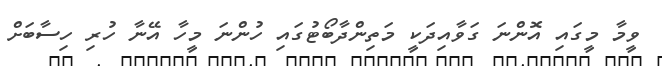
ވީމާ މީގައި އޮންނަ ގަވާއިދަކީ މަތިންދާބޯޓުގައި ހުންނަ މީހާ އޭނާ ހުރި ހިސާބަށް